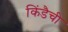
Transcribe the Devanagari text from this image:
किंडैची